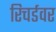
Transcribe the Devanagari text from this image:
रिचर्डवर